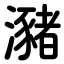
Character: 瀦